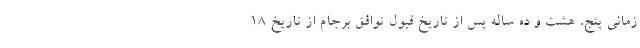
زمانی پنج، هشت و ده ساله پس از تاریخ قبول توافق برجام از تاریخ ۱۸